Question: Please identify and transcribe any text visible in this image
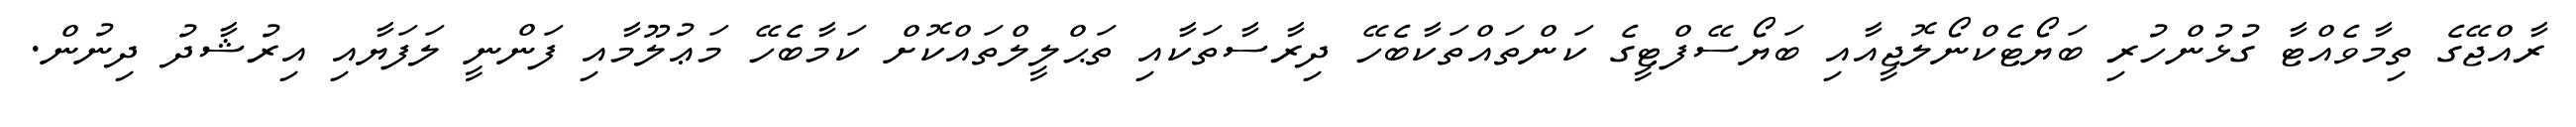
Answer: ރާއްޖޭގެ ތިމާވެއްޓާ ގުޅުންހުރި ބަޔޯޓެކްނޯލޮޖީއާއި ބަޔޯސޭފްޓީގެ ކަންތައްތަކާބެހޭ ދިރާސާތަކާއި ތަޙްލީލްތައްކޮށް ކަމާބެހޭ މަޢުލޫމާއި ފަންނީ ލަފަޔާއި އިރުޝާދު ދިނުން.